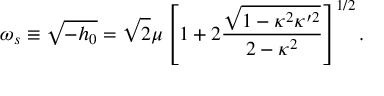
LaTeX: \omega _ { s } \equiv \sqrt { - h _ { 0 } } = \sqrt { 2 } \mu \left[ 1 + 2 \frac { \sqrt { 1 - \kappa ^ { 2 } \kappa ^ { \prime 2 } } } { 2 - \kappa ^ { 2 } } \right] ^ { 1 / 2 } .